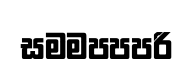
සමමපපපරි